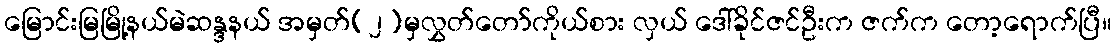
မြောင်းမြမြို့နယ်မဲဆန္ဒနယ် အမှတ်(၂)မှလွှတ်တော်ကိုယ်စား လှယ် ဒေါ်ခိုင်ဇင်ဦးက ဇက်က တော့ရောက်ပြီ။